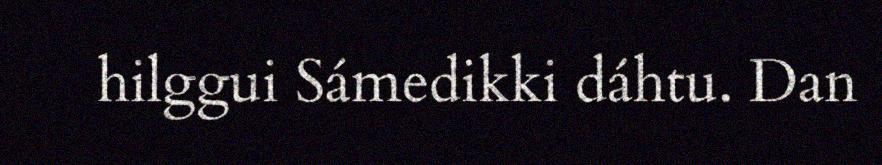
hilggui Sámedikki dáhtu. Dan